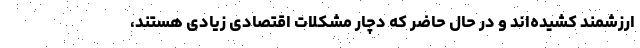
ارزشمند کشیده‌اند و در حال حاضر که دچار مشکلات اقتصادی زیادی هستند،